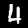
Digit: 4